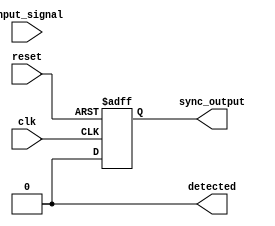
module DualFF_Detector (
    input wire clk,              // Clock signal
    input wire reset,            // Reset signal
    input wire input_signal,      // Input signal to be monitored
    output reg detected,         // Output detected signal
    output reg sync_output       // Synchronized output signal
);

    // Internal signals for flip-flop outputs
    reg ff1_out;
    reg ff2_out;

    // Parameter to define the pattern to be detected (for example, 3'h5 represents the pattern 101)
    parameter PATTERN = 3'b101;

    // Flip-Flop block for FF1
    always @(posedge clk or posedge reset) begin
        if (reset) begin
            ff1_out <= 1'b0; // Initialize FF1 output to 0 on reset
        end else begin
            ff1_out <= input_signal; // Sample input_signal
        end
    end

    // Flip-Flop block for FF2
    always @(posedge clk or posedge reset) begin
        if (reset) begin
            ff2_out <= 1'b0; // Initialize FF2 output to 0 on reset
        end else begin
            ff2_out <= ff1_out; // Sample FF1 output
        end
    end

    // Detection Logic
    always @(*) begin
        // Check if the output pattern matches with the expected pattern
        if ({ff2_out, ff1_out} == PATTERN) begin
            detected = 1'b1; // Pattern is detected
        end else begin
            detected = 1'b0; // No pattern detected
        end
    end

    // Synchronized Output
    always @(posedge clk or posedge reset) begin
        if (reset) begin
            sync_output <= 1'b0; // Initialize sync_output to 0 on reset
        end else begin
            sync_output <= detected; // Synchronize detected output to clock
        end
    end

endmodule